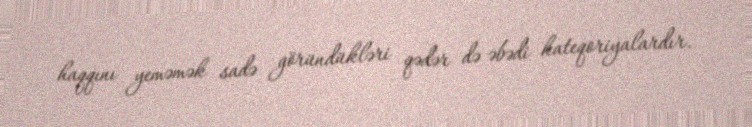
haqqını yeməmək sadə göründükləri qədər də əbədi kateqoriyalardır.